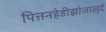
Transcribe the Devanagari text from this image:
पित्तनहेडीझोजाखुर्द